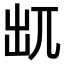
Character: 𠒄